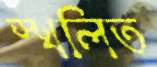
স্খলিত